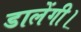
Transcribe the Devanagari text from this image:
डालेंगी।